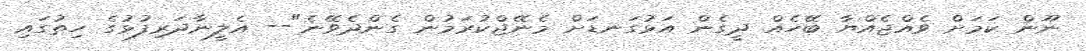
ނޫން ކަމަށް ވެއްޖެއްޔާ ބޭހެއް ދީގެން އަޅުގަނޑަށް މެނޭޖްކުރަމުން ގެންދެވޭނެ"-- އެލީނާދަރިފުޅުގެ ހިތުގައި